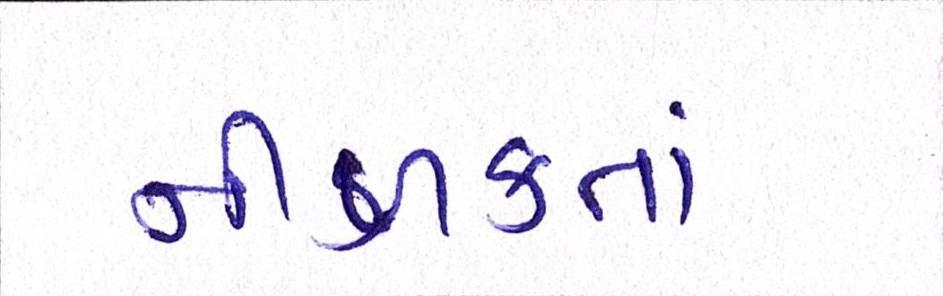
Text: નીળક્તાં